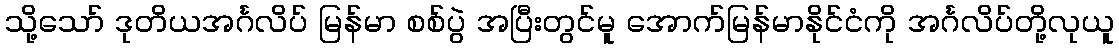
သို့သော် ဒုတိယအင်္ဂလိပ် မြန်မာ စစ်ပွဲ အပြီးတွင်မူ အောက်မြန်မာနိုင်ငံကို အင်္ဂလိပ်တို့လုယူ